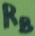
Text: RB